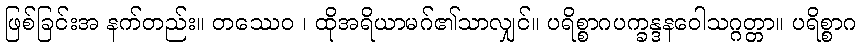
ဖြစ်ခြင်းအ နက်တည်း။ တဿေဝ ၊ ထိုအရိယာမဂ်၏သာလျှင်။ ပရိစ္စာဂပက္ခန္ဒနဝေါသဂ္ဂတ္တာ။ ပရိစ္စာဂ